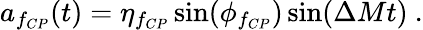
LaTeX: a_{f_{CP}}(t)=\eta_{f_{CP}}\sin(\phi_{f_{CP}})\sin(\Delta Mt)~.